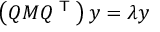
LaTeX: \left( Q M Q ^ { \textsf { T } } \right) y = \lambda y